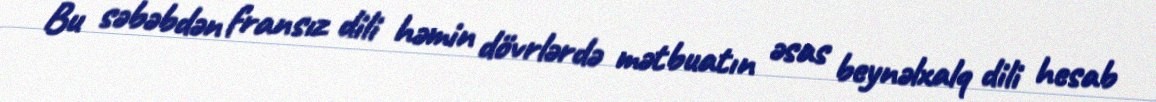
Bu səbəbdən fransız dili həmin dövrlərdə mətbuatın əsas beynəlxalq dili hesab